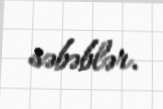
səbəblər.